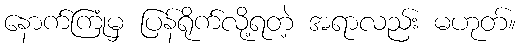
နောက်ကြုံမှ ပြန်ရိုက်လို့ရတဲ့ အရာလည်း မဟုတ်။